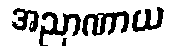
အညာဏာယ